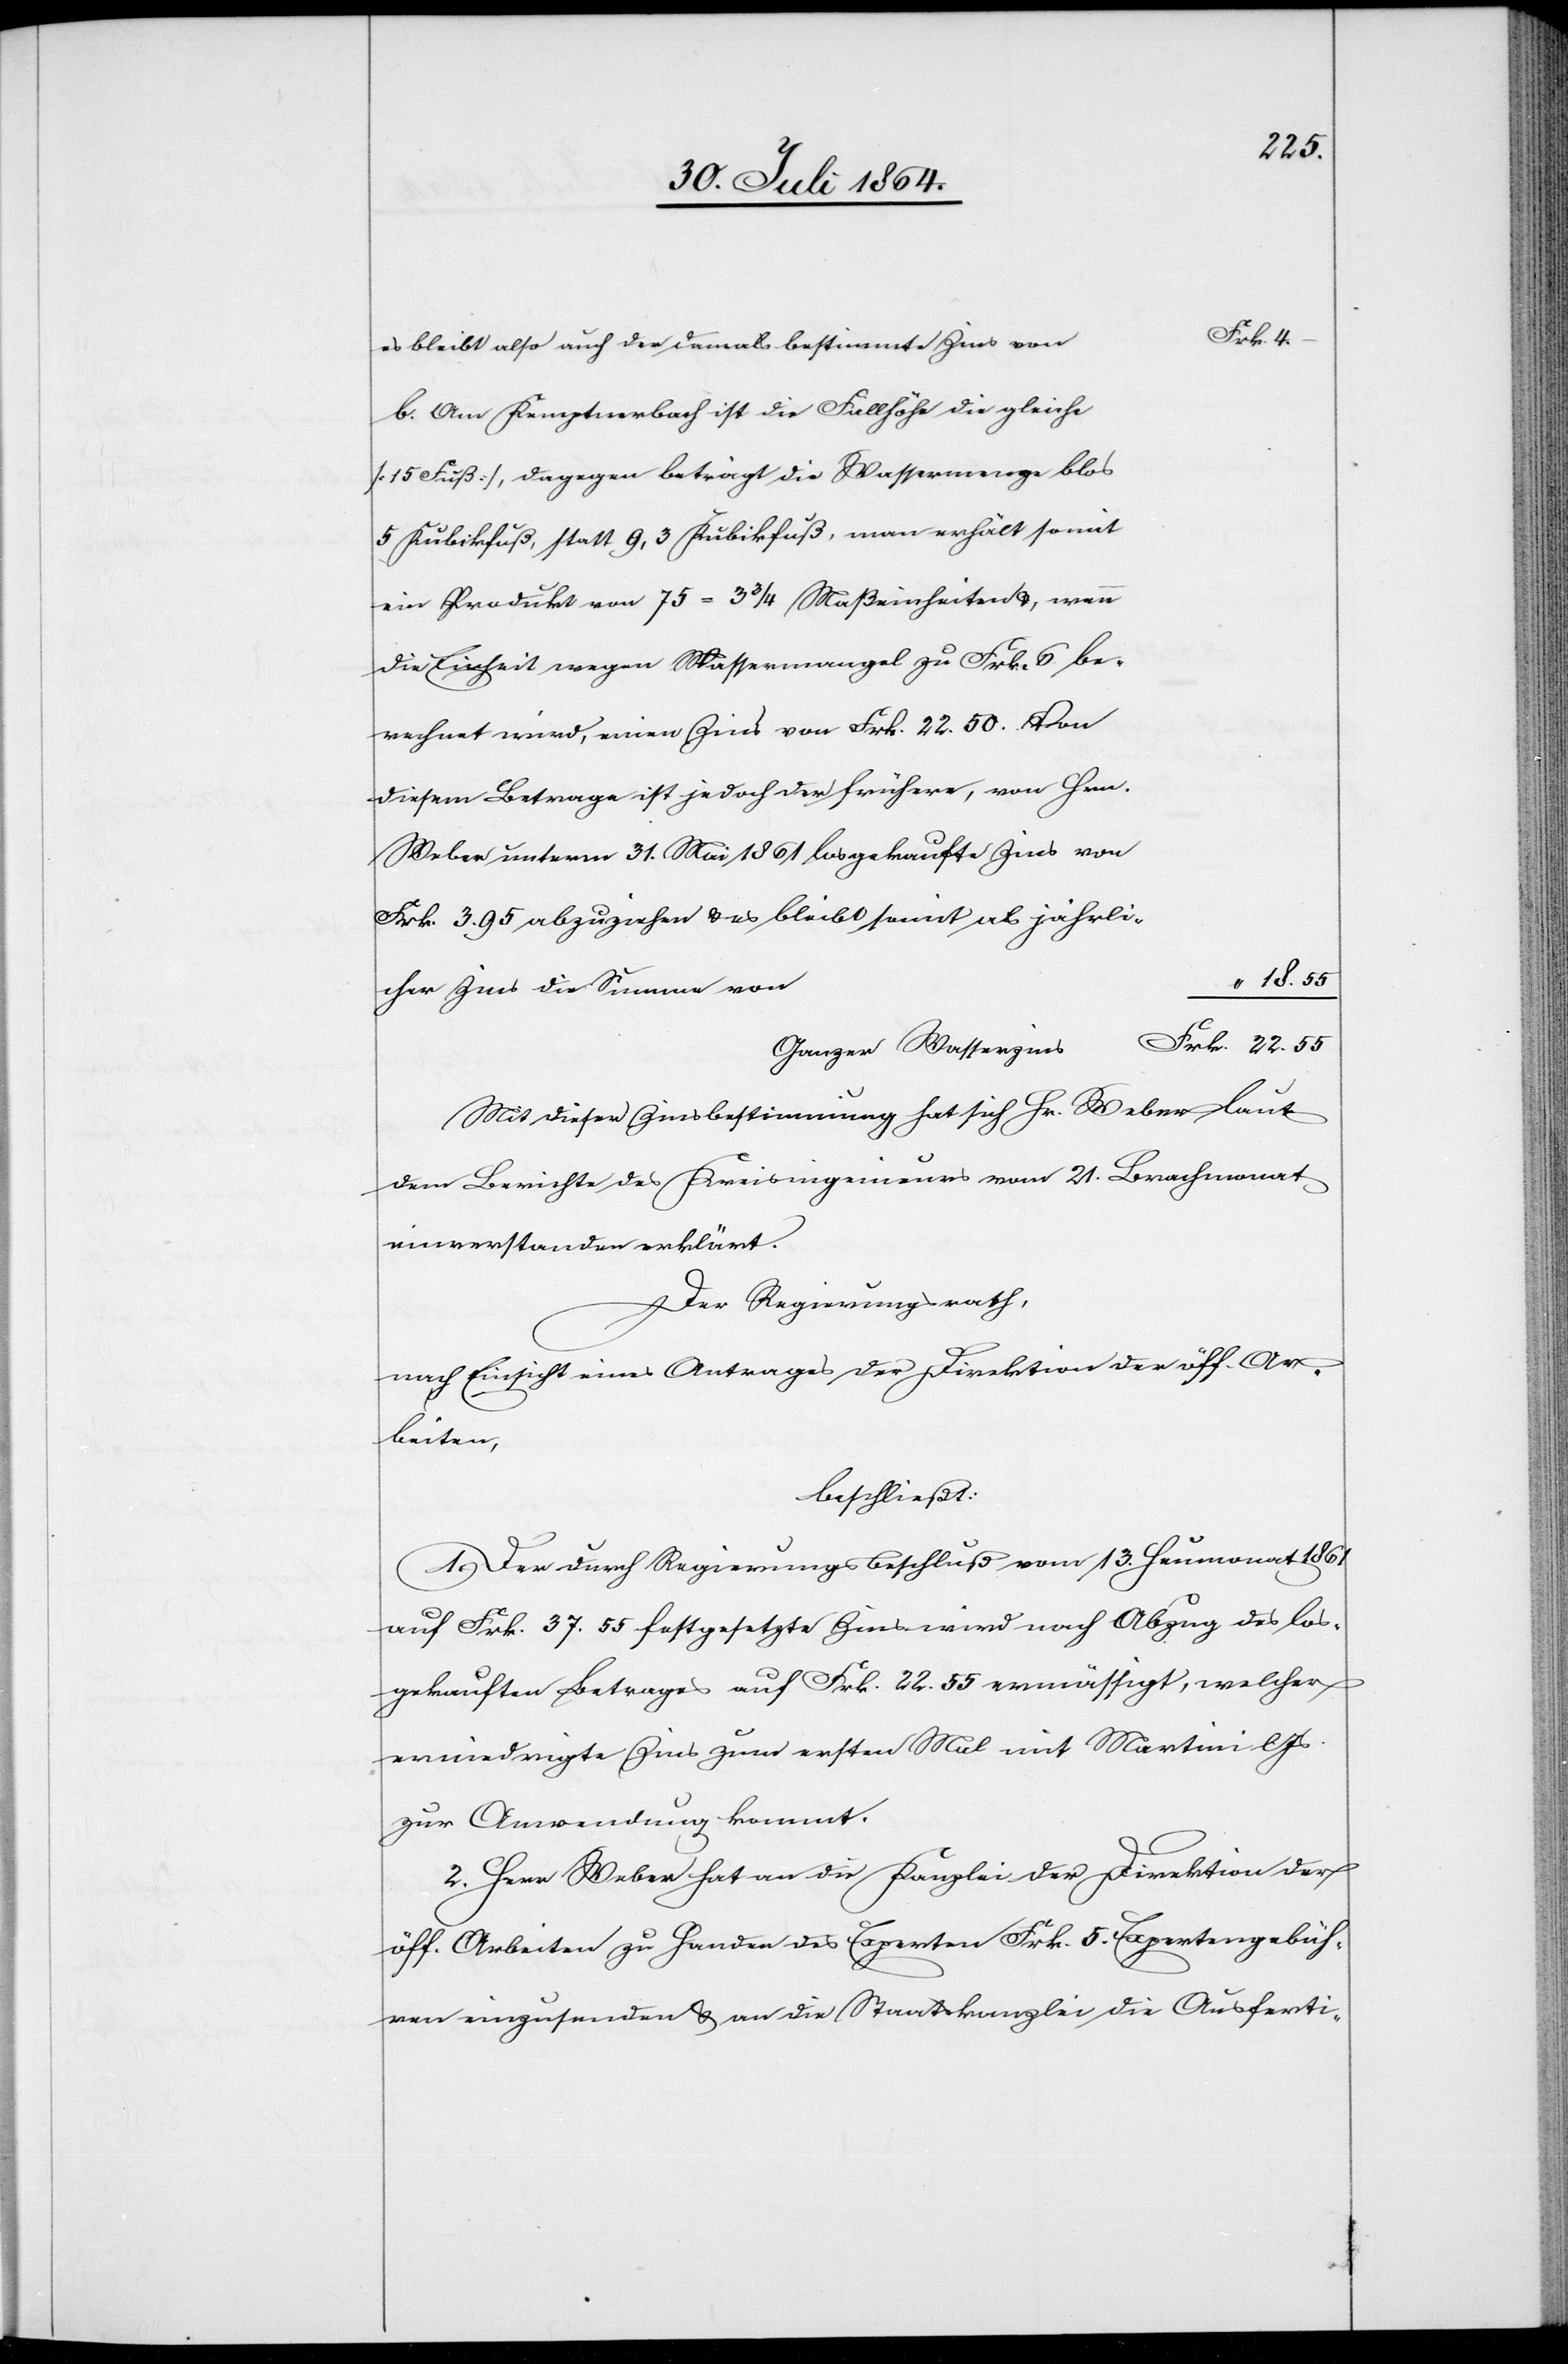
22.55
es bleibt also auch der damals bestimmte Zins von
b. Am Kemptenbach ist die Fallhöhe die gleiche
[15 Fuß], dagegen beträgt die Wassermenge blos
5 Kubikfuß, statt 9,3 Kubikfuß, man erhält somit
ein Produkt von 75 = 3 3/4 Maßeinheiten &, wenn
die Einheit wegen Wassermangel zu Frk. 6 be¬
rechnet wird, einen Zins von Frk. 22.50. Von
diesem Betrage ist jedoch der frühere, von Hrn.
Weber unterm 31. Mai 1861 losgekaufte Zins von
Frk. 3.95 abzuziehen & es bleibt somit als jährli¬
cher Zins die Summe von
Ganzer Wasserzins
Mit dieser Zinsbestimmung hat sich Hr. Weber laut
dem Berichte des Kreisingenieurs vom 21. Brachmonat
einverstanden erklärt.
Der Regierungsrath,
nach Einsicht eines Antrages der Direktion der öff. Ar¬
beiten,
beschließt:
1. Der durch Regierungsbeschluß vom 13. Heumonat 1861
auf Frk. 37.55 festgesetzte Zins wird nach Abzug des los¬
gekauften Betrags auf Frk. 22.55 ermässigt, welcher
erniedrigte Zins zum ersten Mal mit Martini l.
zur Anwendung kommt.
2. Herr Weber hat an die Kanzlei der Direktion der
öff. Arbeiten zu Handen des Experten Frk. 5 Expertengebüh¬
ren einzusenden & an die Staatskanzlei die Ausferti-